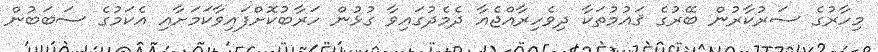
މިހާރުގެ ސަރުކާރުން ބޭރުގެ ޤައުމުތަކާ ދިވެހިރާއްޖެއާ ދެމެދުގައިވާ ގުޅުން ހަރާބުކޮށްފައިވާކަމަށާއި އެކަމުގެ ސަބަބުން